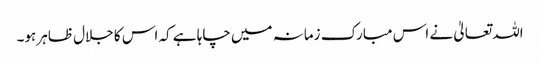
اللہ تعالیٰ نے اس مبارک زمانہ میں چاہا ہے کہ اس کا جلال ظاہر ہو۔